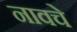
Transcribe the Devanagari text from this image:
नावचे